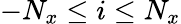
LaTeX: -N_{x}\leq i\leq N_{x}